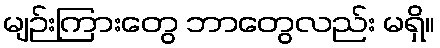
မျဉ်းကြားတွေ ဘာတွေလည်း မရှိ။